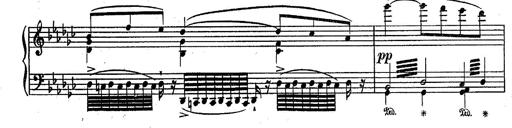
Title: RÃ©miniscences des Huguenots
Composer: Franz Liszt